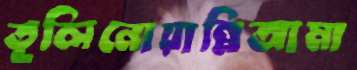
তূলিনোয়ান্নিআমা